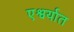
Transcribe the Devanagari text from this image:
एश्वर्यात